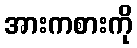
အားကစားကို